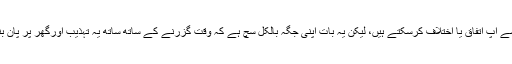
خالہ خیرن کی جانب سے پیش کردہ پان کے طبی فوائد سے آپ اتفاق یا اختلاف کرسکتے ہیں، لیکن یہ بات اپنی جگہ بالکل سچ ہے کہ وقت گزرنے کے ساتھ ساتھ یہ تہذیب اورگھر پر پان بناکر کھانے والی نسل آہستہ آہستہ معدوم ہوتی جارہی ہے۔